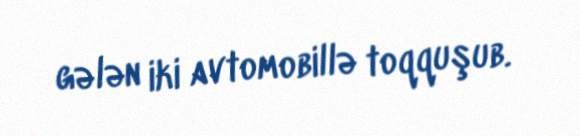
gələn iki avtomobillə toqquşub.